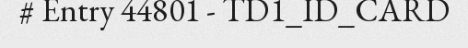
# Entry 44801 - TD1_ID_CARD